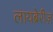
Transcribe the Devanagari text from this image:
लायब्रेरीज़